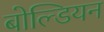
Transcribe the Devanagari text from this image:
बोल्डियन